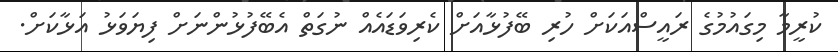
ކުރީމާ މިގައުމުގެ ރައީސްއަކަށް ހުރި ބޭފުޅާއަށް ކެރިވަޑައެއް ނުގަތް އެބޭފުޅުންނަށް ފިޔަވަޅު އަޅާކަށް.